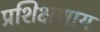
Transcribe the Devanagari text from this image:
प्रशिक्षणाय